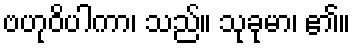
ဗဟုဝိပါကာ၊ သည်။ သုခုမာ၊ ၏။